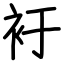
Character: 衧